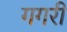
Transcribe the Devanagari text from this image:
गगरी